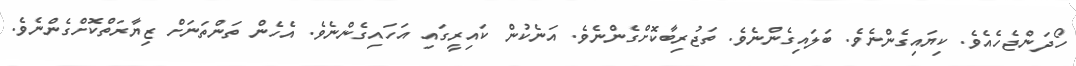
ހޯދަންޖެހެއެވެ. ކިޔައިގެންނެވެ. ބަލައިގެންނެވެ. ތަޖުރިބާކޮށްގެންނެވެ. އަނެކުން ކައިރީގައި އަހައިގެންނެވެ. އެހެން ތަންތަނަށް ޒިޔާރަތްކޮށްގެންނެވެ.